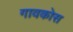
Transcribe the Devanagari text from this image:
गावकोस